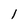
Character: 1